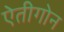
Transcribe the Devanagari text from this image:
ऐतीगोन